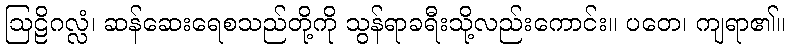
ဩဠိဂလ္လံ၊ ဆန်ဆေးရေစသည်တို့ကို သွန်ရာခရီးသို့လည်းကောင်း။ ပတေ၊ ကျရာ၏။